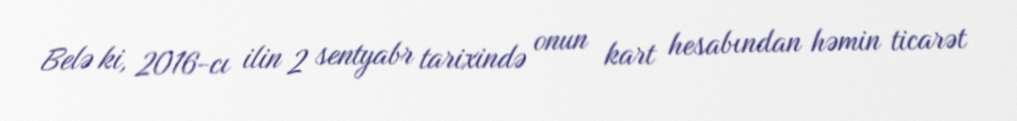
Belə ki, 2016-cı ilin 2 sentyabr tarixində onun kart hesabından həmin ticarət